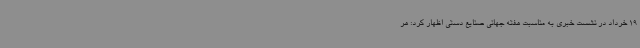
19 خرداد در نشست خبری به مناسبت هفته جهانی صنایع دستی اظهار کرد: هر